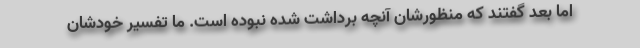
اما بعد گفتند که منظورشان آنچه برداشت شده نبوده است. ما تفسیر خودشان